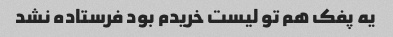
یه پفک هم تو لیست خریدم بود فرستاده نشد